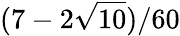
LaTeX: (7-2\sqrt{10})/60